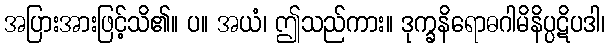
အပြားအားဖြင့်သိ၏။ ပ။ အယံ၊ ဤသည်ကား။ ဒုက္ခနိရောဓဂါမိနိပ္ပဋိပဒါ၊